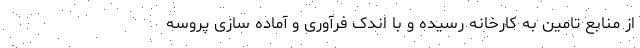
از منابع تامین به کارخانه رسیده و با اندک فرآوری و آماده سازی پروسه